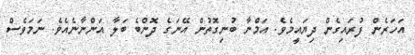
އަހަރެން ފުރައިގެން ދިޔައީމެވެ. އަމްނާ ބުނިގޮތުން އޭނަގެ ދޮންބެ ބަލާ އަންނާނެއެވެ. ނަމަވެސް